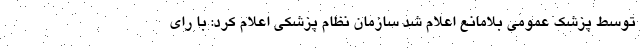
توسط پزشک عمومی بلامانع اعلام شد سازمان نظام پزشکی اعلام کرد: با رای